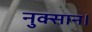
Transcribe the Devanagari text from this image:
नुक्सान।